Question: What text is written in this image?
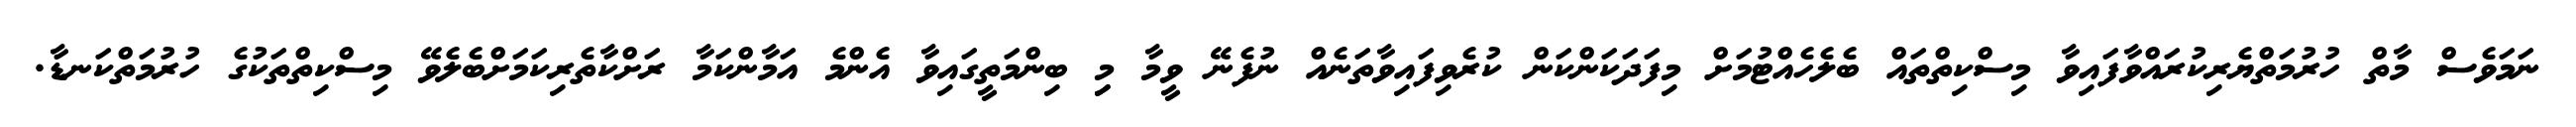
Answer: ނަމަވެސް މާތް ހުރުމަތްޔެރިކުރައްވާފައިވާ މިސްކިތްތައް ބެލެހެއްޓުމަށް މިފަދަކަންކަން ކުރެވިފައިވާތަނެއް ނުފެނޭ ވީމާ މިި ބިންމަތީގައިވާ އެންމެ އަމާންކަމާ ރަށްކާތެރިކަމަށްބެލެވޭ މިސްކިތްތަކުގެ ހުރުމަތްކަނޑާ.